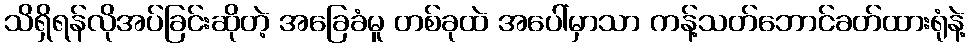
သိရှိရန်လိုအပ်ခြင်းဆိုတဲ့ အခြေခံမူ တစ်ခုထဲ အပေါ်မှာသာ ကန့်သတ်ဘောင်ခတ်ထားရုံနဲ့